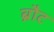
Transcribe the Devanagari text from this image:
ब्रौट